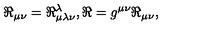
\Re _ { \mu \nu } = \Re _ { \mu \lambda \nu } ^ { \lambda } , \Re = g ^ { \mu \nu } \Re _ { \mu \nu } ,